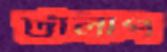
টালাপ